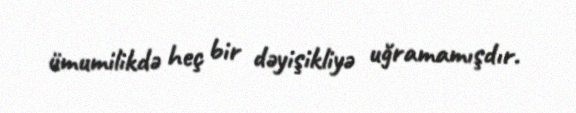
ümumilikdə heç bir dəyişikliyə uğramamışdır.